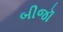
બીજૉ